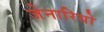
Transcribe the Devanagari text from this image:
जेनारियो